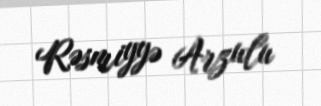
Rəsmiyyə Arzulu